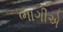
ભાગીએ